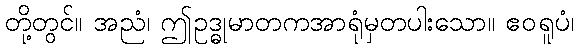
တို့တွင်။ အညံ၊ ဤဥဒ္ဓုမာတကအာရုံမှတပါးသော။ ဧဝရူပံ၊